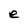
Character: e